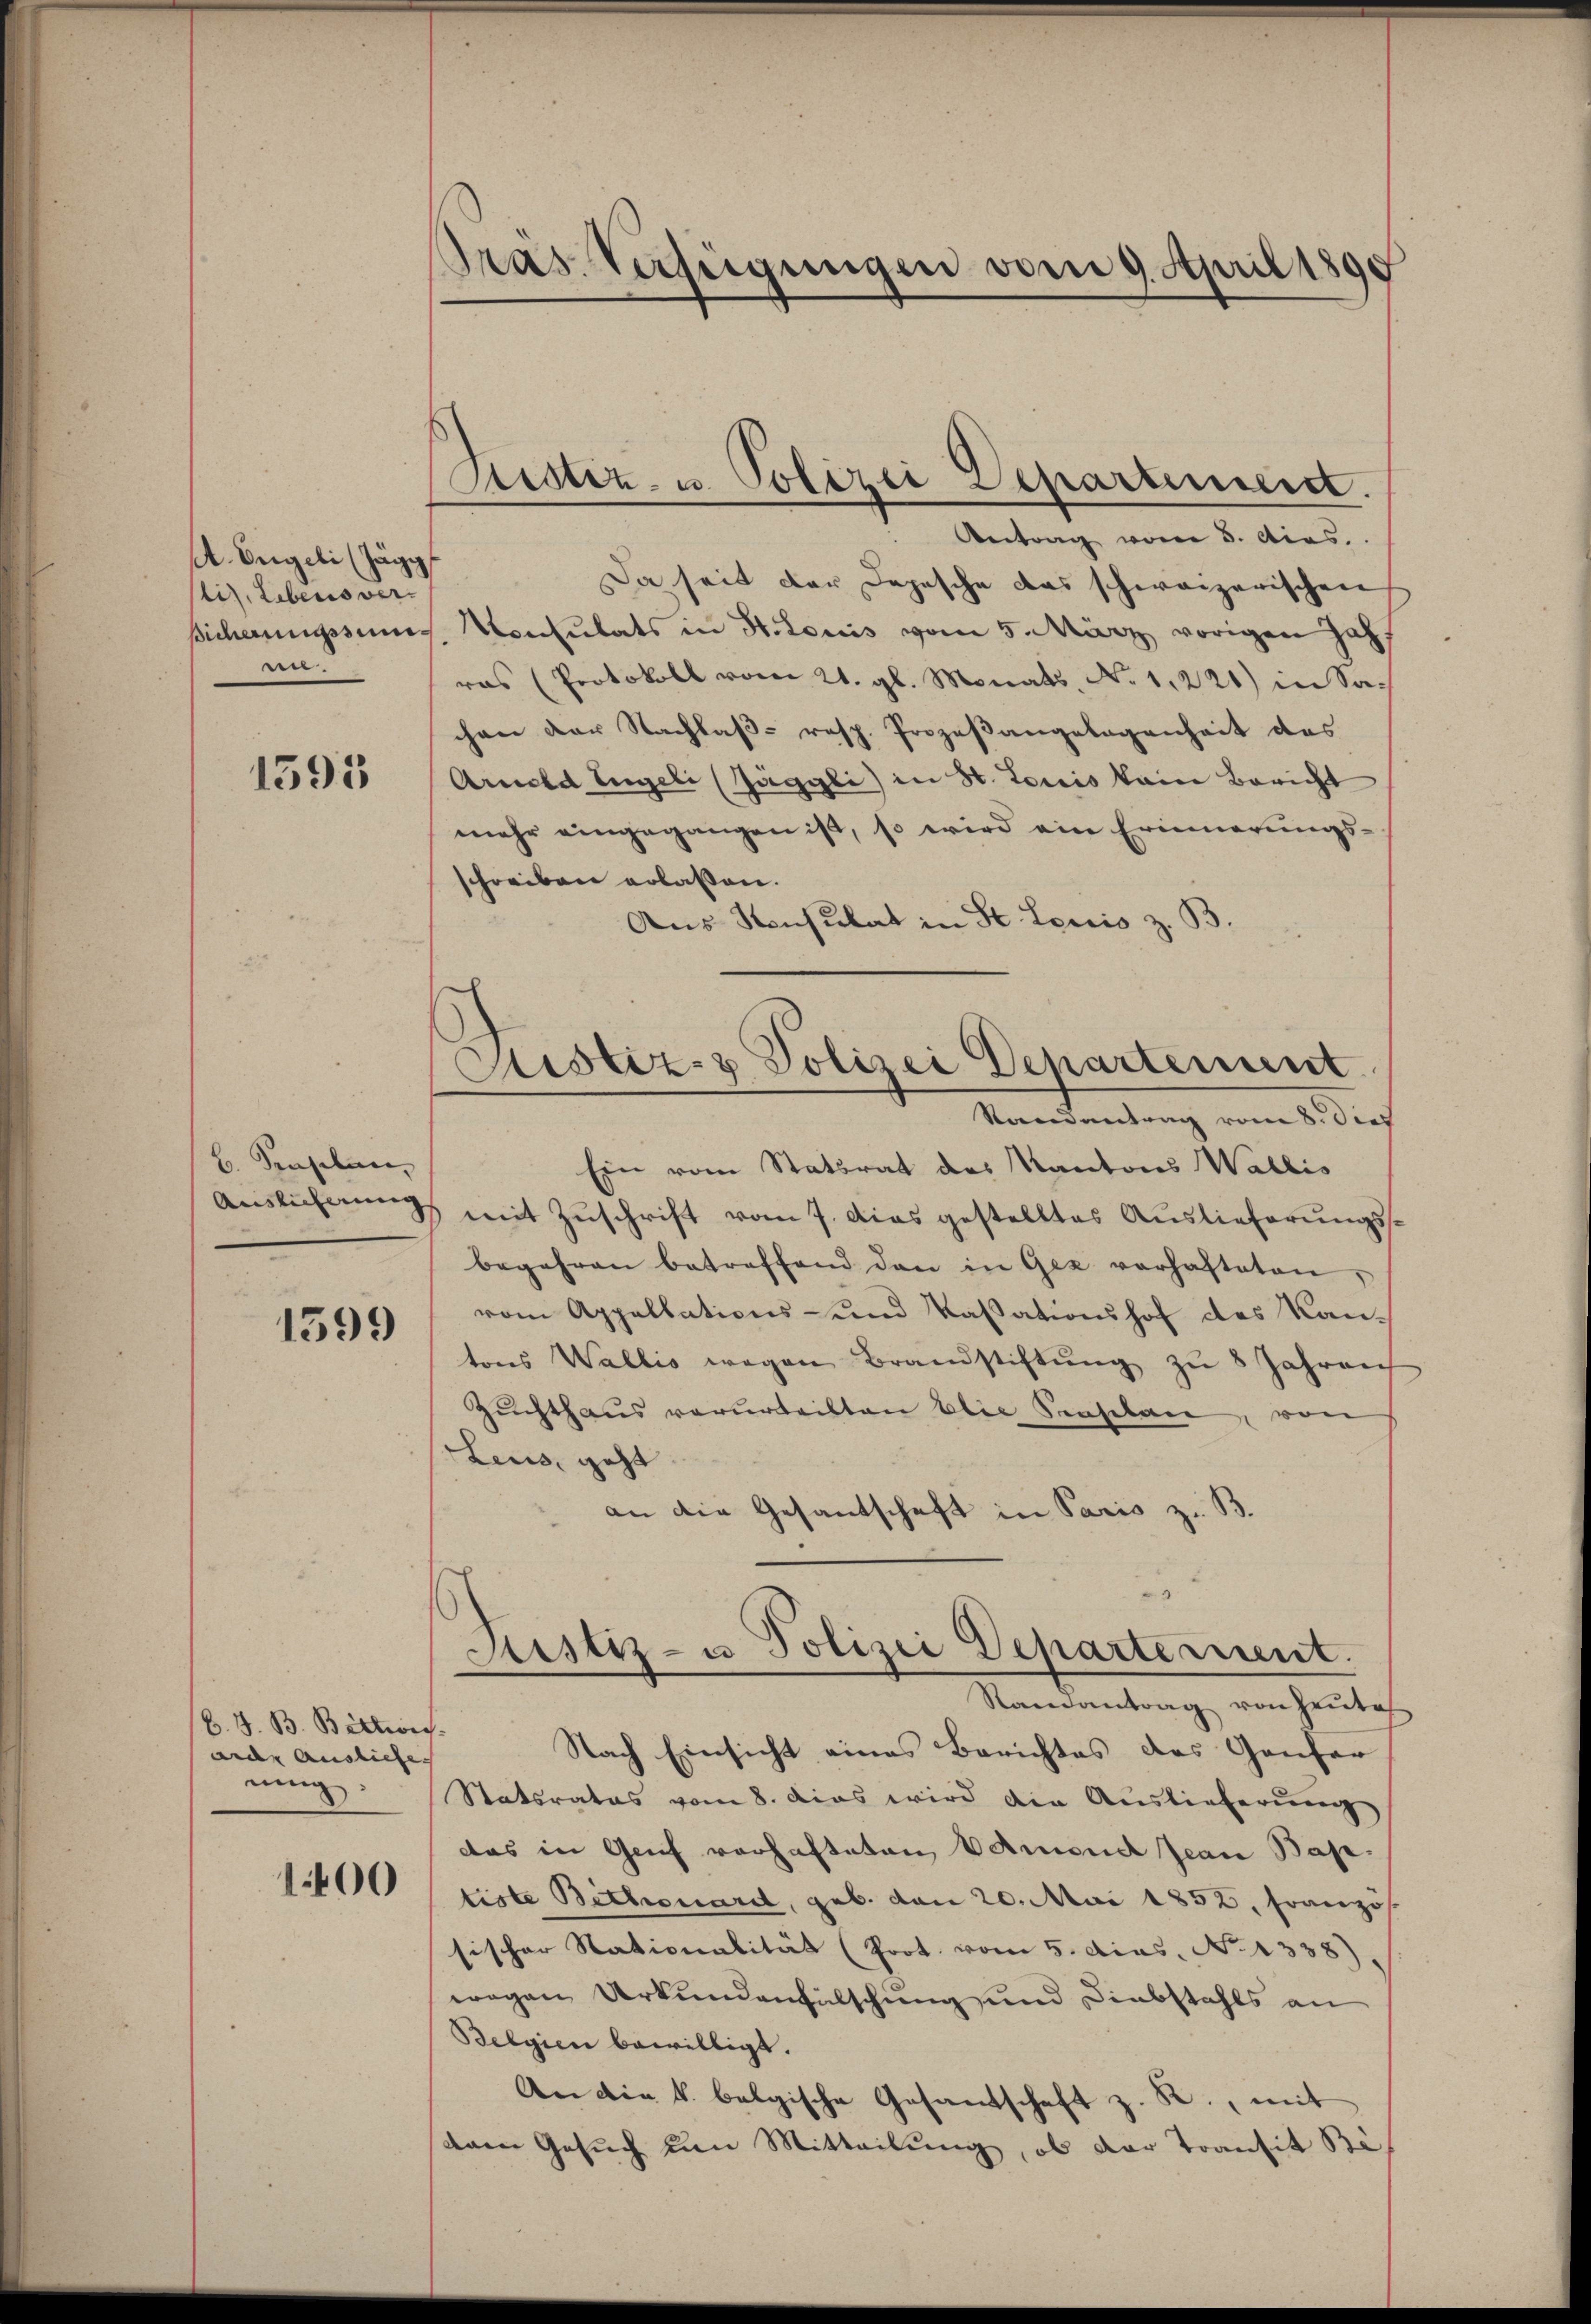
A. Beigeli (Zägig
liz. Lebens vern.

1595

B. Senselen,

1599

b. J. B. Bittwis
ande Ausliefe
nng:

1400

Pras. Verfügungen vom 9. April 1890

Bestiz- u. Polizei Departement.

Justiz- & Polizei Departement.
Standentrag vom 8. dies

Antrag vom 5. Acas.
Da seit der Depesche das schweizerischen
Bicherungssum Konsulats in St. Louis vom 5. März vorigen Jahr
ras (Protokoll vom 21. gl. Monats No. 1221) in Sachen der Nachlaβ- resp. Prozeβangelegenheit des
Arnold Engeli (Jäggli) in St. Loris kein Bericht
mehr eingegangen ist, so wird ein Erinnerungs-
schreiben erlassen.
Aus Konsulat in St. Louis z. B.
Ein vom Statsrat des Kantons Wallis
Auslichnung mit Zuschrift vom 7. das gestelltes Auslieferungsbegehren betreffend den in Gez vorhafteten
vom Appellations- und Kassationshof des Kantons Wallis wegen Brandstiftŭng zu 8 Jahren
Zuchthaus verurteilten blie Senselen, von
Leus, geht
an die Gesantschaft in Paris z. B.
Justiz- u Polizei Departement.
Samantrag von Heutes
Nach Einsicht eines Berichtes des Ganfer
Statsrates vom 8. Das wird die Auslieferung
das in Genf vorhafteten kamend Jean Bas
tiste Bethouard, geb. den 20. Mai 1852, Französ.
sischer Stationalität (Prot. vom 5. dies. No 1338)
wegen Urkundenfalschung und Diebstahls an
Belgien bewilligt.
An die k. belgische Gesandschaft z. R., mit
dam Gesuch um Mitteilung, ob der Transit Be